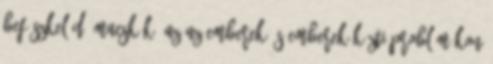
befészkelődő macskák, az az emberek és emberek közti problémákon